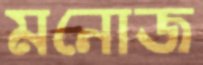
মনোজ